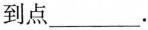
到点___.